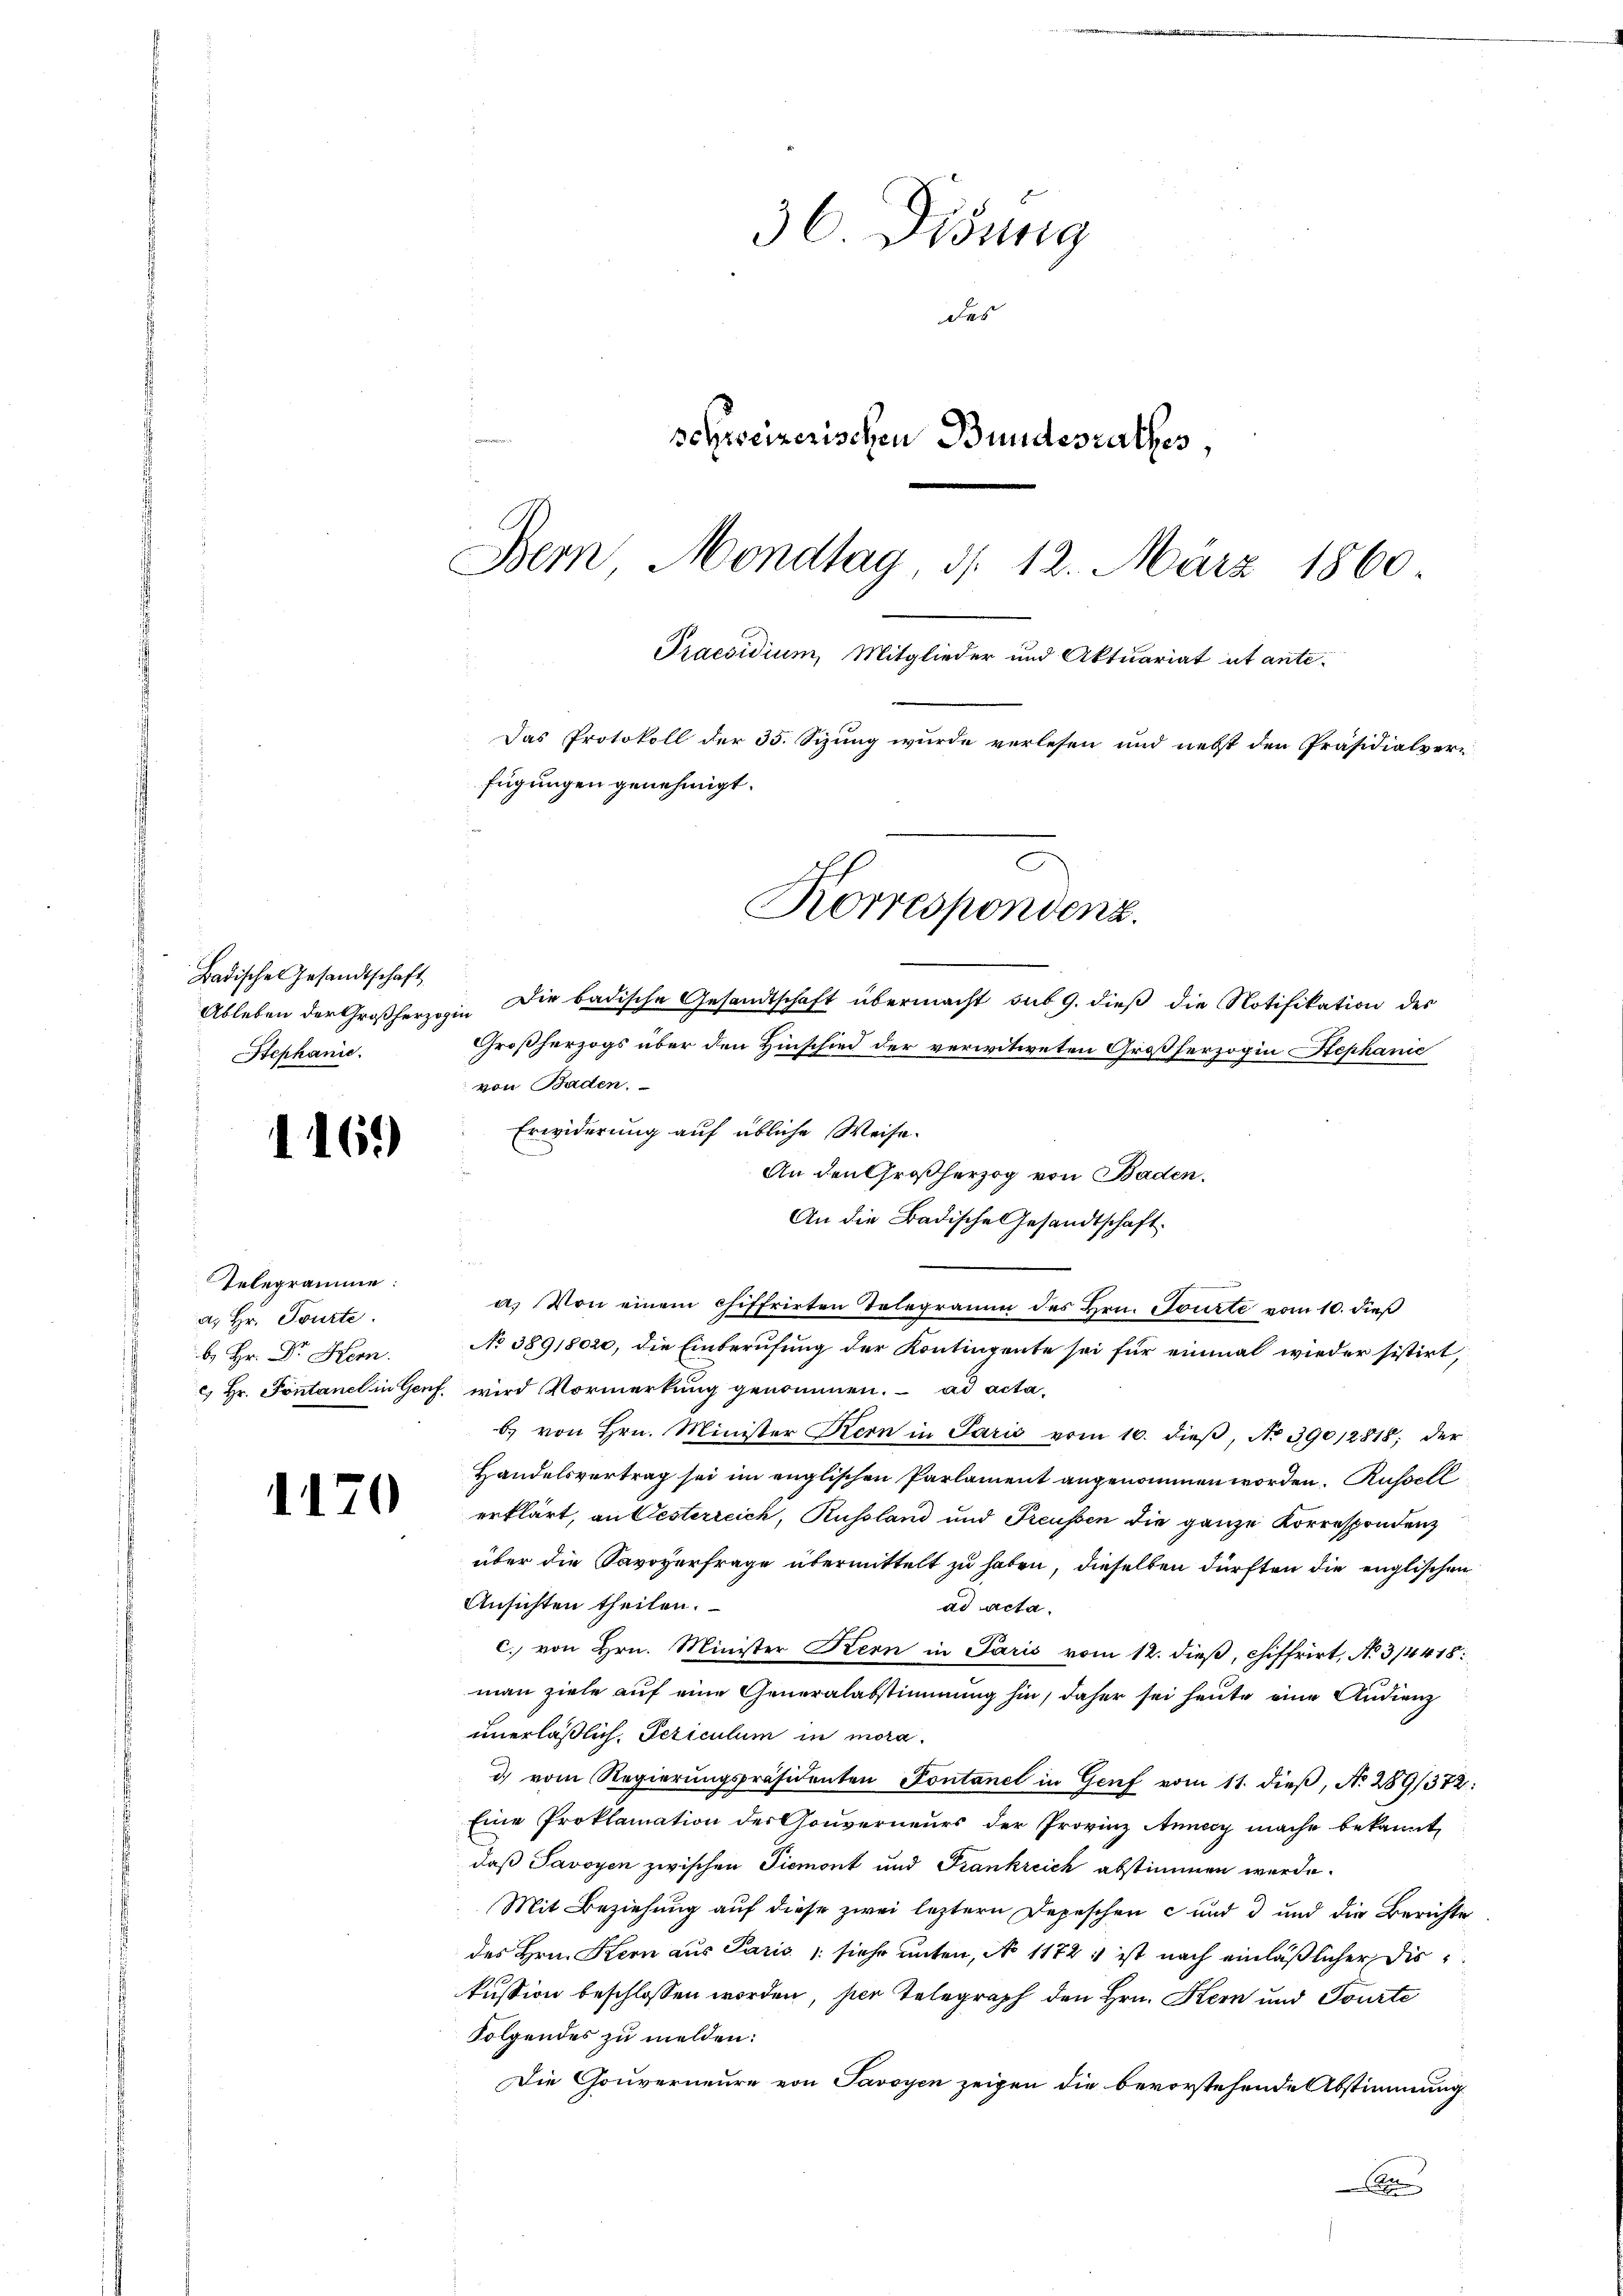
Badische Gesandtschaft
Stephanic

116.)

Ableben der Großherzogin Dir badische Gesandtschaft übermacht sub 9. dieß die Notifikation des
Großherzogs über den Hinschied der verwitweten Großherzogin Stephanic
von Baden.
Erwiderung auf übliche Weise.
An den Großherzog von Baden.
An die Badische Gesandtschaft.
a. Von einem chiffrirten Telegramm des Hrn. Tourte vom 10. dieß
b. Hr. Dr. Hrn. No 38918020, die Einberufung der Kontingente sei für einmal wieder sistirt,
c) Hr. Fontane in Genf, wird Vormerkung genommen. ad acta,
b. von Hrn. Minister Kern in Paris vom 10. dieβ, No 390/2818; der
Handelsvertrag sei im englischen Parlament angenommen worden. Russell
erklärt, an Festerreich, Russland und Preussen die ganze Korrespondenz
über die Savoyerfrage übermittelt zu haben, dieselben dürften die englischen
Ansichten theilen.
ad acta.
c. von Hrn. Minister Kern in Paris vom 12. dieß, chiffrirt, No 3/4418:
man ziele auf eine Generalabstimmung hin, daher sei heute eine Andienz
unerläßlich, Periculum in morad.) vom Regierungspräsidenten Sontanel in Genf vom 11. dieβ, No 289/372:
Eine Proklamation der Gouverneurs der Provinz Annecy mache bekannt,
daß Savoyen zwischen Piemont und Frankreich abstimmen werde.
Mit Beziehung auf diese zwei leztern Depeschen und 3 und die Berichte
des Hrn. Kern aus Paris /: siehe unten, No 11721 ist nach einläßlicher Diskussion beschlossen worden, hier Telegraph den Hrn. Stern und Tourte
Folgendes zu melden:
Die Gouverneure von Savoyen zeigen die bevorstehende Abstimmung
n

Telegramme:
a. Hr. Tourte

1170

36 Disung
des
schreizerischen Bundesrathes,
Bern Mondlag, d. 12. März 1860
Praesidium, Mitglieder und Aktuariat ut ante¬
Das Protokoll der 35. Sizung wurde verlesen und nebst den Präsidialver-
fügungen genehmigt.

2
Korrespondenz.